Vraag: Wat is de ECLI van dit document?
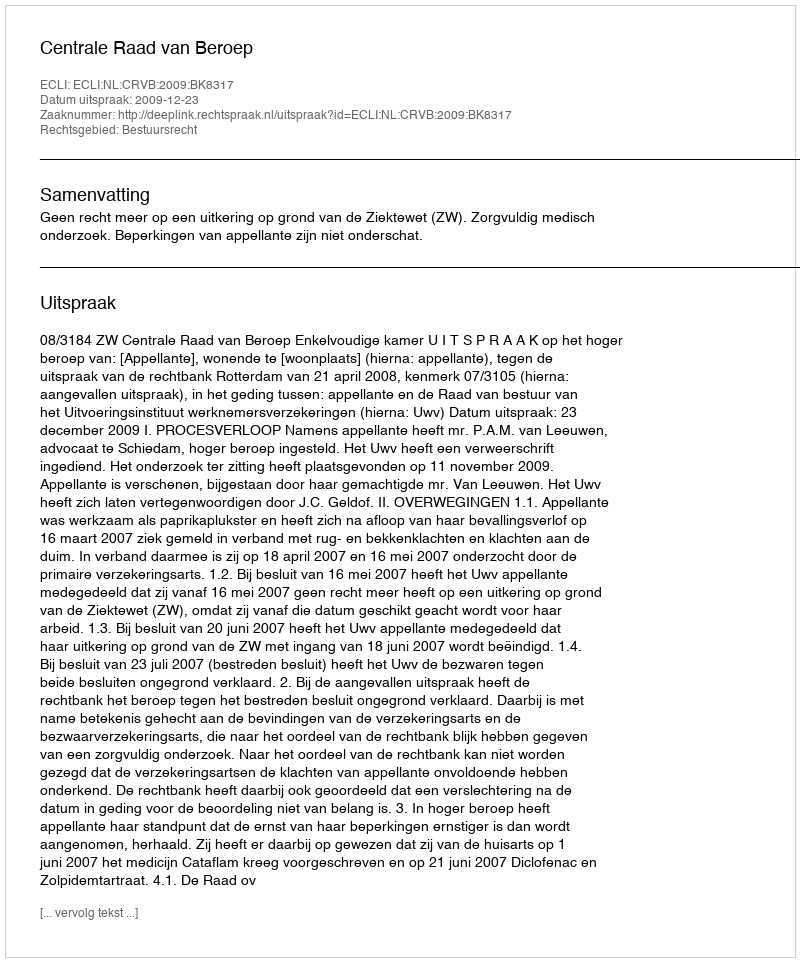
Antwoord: ECLI:NL:CRVB:2009:BK8317